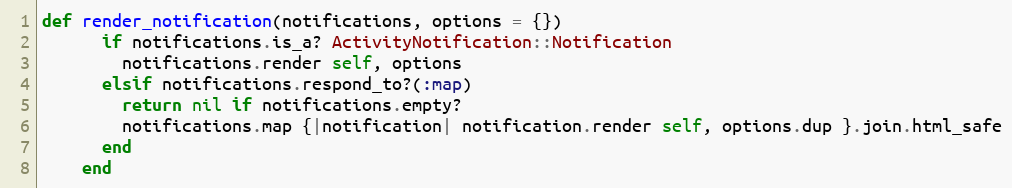
Language: Ruby
def render_notification(notifications, options = {})
      if notifications.is_a? ActivityNotification::Notification
        notifications.render self, options
      elsif notifications.respond_to?(:map)
        return nil if notifications.empty?
        notifications.map {|notification| notification.render self, options.dup }.join.html_safe
      end
    end